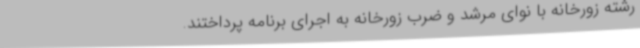
رشته زورخانه با نوای مرشد و ضرب زورخانه به اجرای برنامه پرداختند.